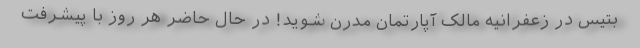
بتیس در زعفرانیه مالک آپارتمان مدرن شوید! در حال حاضر هر روز با پیشرفت